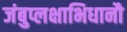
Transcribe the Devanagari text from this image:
जंबुप्लक्षाभिधानौ